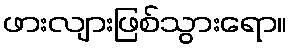
ဖားလျားဖြစ်သွားရော။